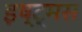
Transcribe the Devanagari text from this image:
इष्ट्मस